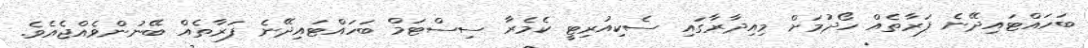
ބަހައްޓައިދޭނެ ފަރާތެއް ހޯދުމަށް މިއިދާރާގައި ސެކިއުރިޓީ ކެމެރާ ސިސްޓަމް ބަހައްޓައިދޭނެ ފަރާތެއް ބޭނުންވެއްޖެއެވެ.